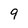
Character: 9